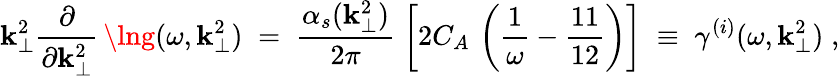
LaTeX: \mathbf{k}_{\perp}^{2}\frac{{\partial}}{{\partial\mathbf{k}_{\perp}^{2}}}\, \lng(\omega,\mathbf{k}_{\perp}^{2})\; =\; \frac{{\alpha_{s}(\mathbf{k}_{\perp}^{2})}}{{2\pi}}\; \left[2C_{A}\, \left(\frac{{1}}{{\omega}}-\frac{{11}}{{12}}\right)\right]\; \equiv\; \gamma^{(i)}(\omega,\mathbf{k}_{\perp}^{2})\; ,